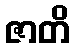
ဇာတိ